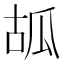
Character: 㼋